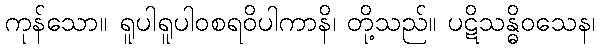
ကုန်သော။ ရူပါရူပါဝစရဝိပါကာနိ၊ တို့သည်။ ပဋိသန္ဓိဝသေန၊